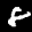
Label: 8